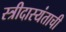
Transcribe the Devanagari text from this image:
स्त्रीदास्यंताची